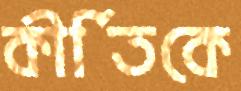
কীর্তিকে